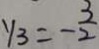
y _ { 3 } = - \frac { 3 } { 2 }